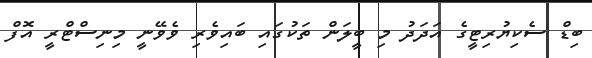
ބިޑް ސެކިޔުރިޓީގެ އަދަދު މި ބީލަން ތަކުގައި ބައިވެރި ވެވޭނީ މިނިސްޓްރީ އޮފް